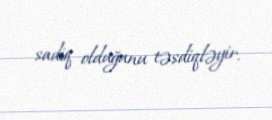
sadiq olduğunu təsdiqləyir.